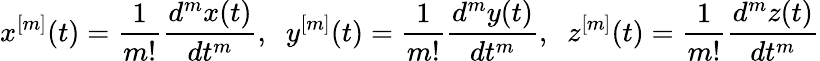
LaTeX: x^{[m]}(t)=\frac{1}{m!}\frac{d^{m}x(t)}{dt^{m}},\; \; y^{[m]}(t)=\frac{1}{m!}\frac{d^{m}y(t)}{dt^{m}},\; \; z^{[m]}(t)=\frac{1}{m!}\frac{d^{m}z(t)}{dt^{m}}